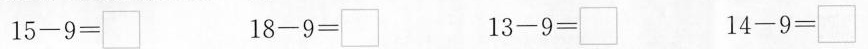
$$1 5 - 9 = \Box$$ $$1 8 - 9 = \Box$$ $$1 3 - 9 = \Box$$ $$1 4 - 9 = \Box$$